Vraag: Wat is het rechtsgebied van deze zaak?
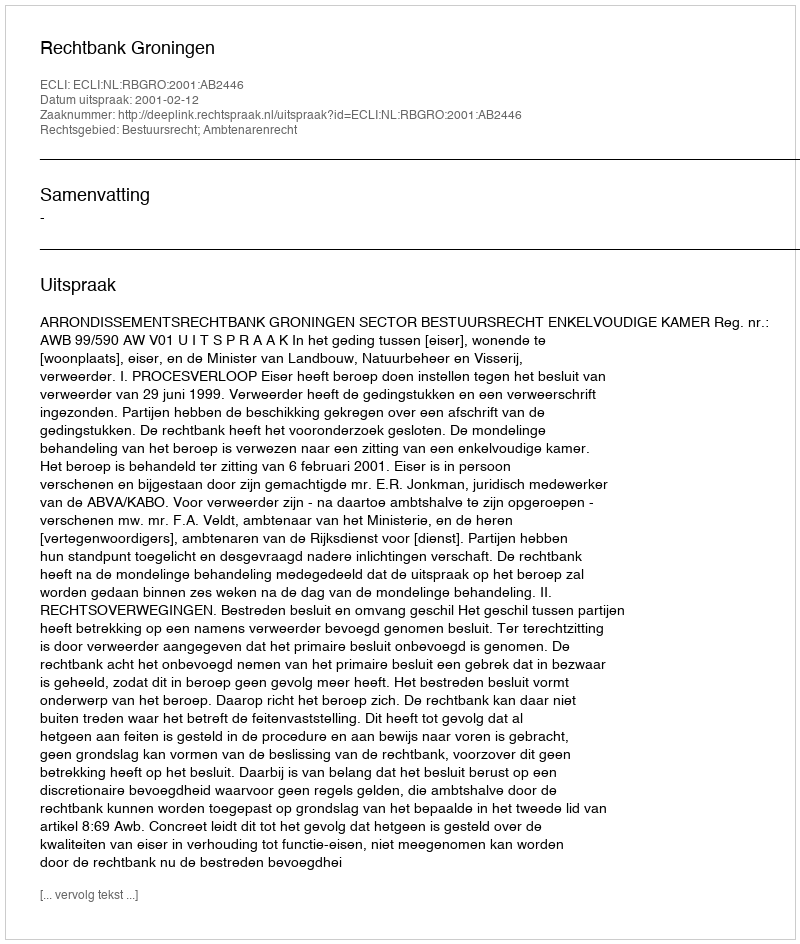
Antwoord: Bestuursrecht; Ambtenarenrecht